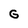
Character: G